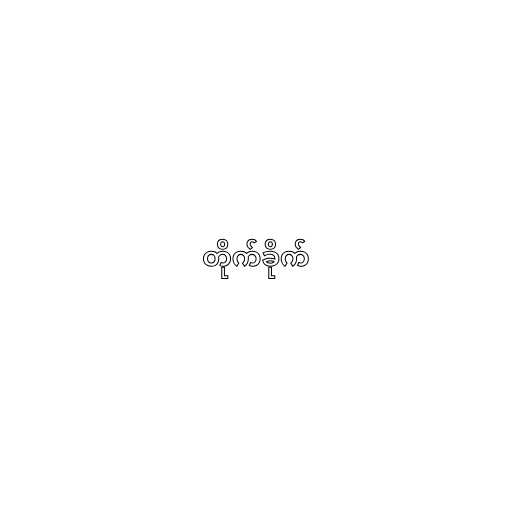
တိုက်ခိုက်